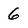
Character: 6